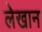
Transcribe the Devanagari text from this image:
लेखान